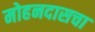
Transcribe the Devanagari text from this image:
मोहनदासचा